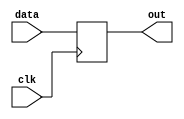
module switch_sync(output reg out, input clk, input data);
	always @(posedge clk)
	begin
		out <= data;
	end
endmodule